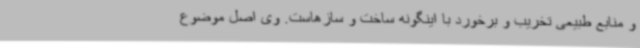
و منابع طبیعی تخریب و برخورد با اینگونه ساخت و سازهاست. وی اصل موضوع